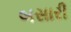
બસારી